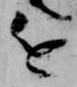
近